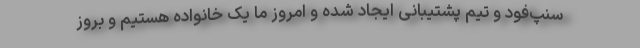
سنپ‌فود و تیم پشتیبانی ایجاد شده و امروز ما یک خانواده هستیم و بروز